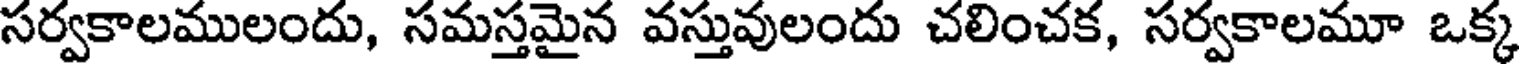
సర్వకాలములందు, సమస్తమైన వస్తువులందు చలించక, సర్వకాలమూ ఒక్క